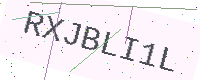
Text: RXJBLI1L